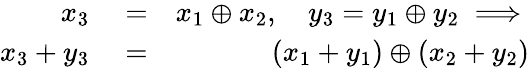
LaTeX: \begin{array}{rlr}{x_{3}}&{{}=}&{x_{1}\oplus x_{2},\quad y_{3}=y_{1}\oplus y_{2}\implies}\\ {x_{3}+y_{3}}&{{}=}&{(x_{1}+y_{1})\oplus(x_{2}+y_{2})}\end{array}